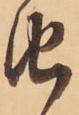
由